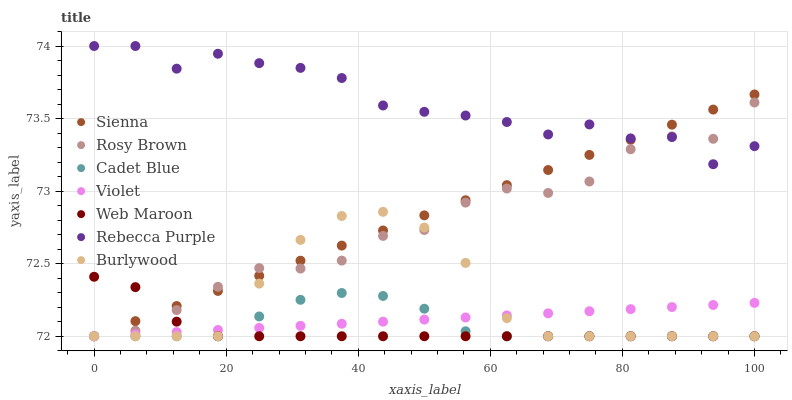
| xaxis_label | Sienna | Rosy Brown | Cadet Blue | Violet | Web Maroon | Rebecca Purple | Burlywood |
 | --- | --- | --- | --- | --- | --- | --- | --- |
 | 0 | 72 | 72 | 72 | 72 | 72.4 | 74 | 72 |
 | 6.25 | 72.1 | 72 | 72 | 72 | 72.3 | 74 | 72 |
 | 12.5 | 72.2 | 72.2 | 72 | 72 | 72.1 | 73.8 | 72 |
 | 18.8 | 72.3 | 72.3 | 72 | 72 | 72 | 73.9 | 72 |
 | 25 | 72.4 | 72.5 | 72.1 | 72.1 | 72 | 73.9 | 72.4 |
 | 31.2 | 72.5 | 72.5 | 72.3 | 72.1 | 72 | 73.8 | 72.7 |
 | 37.5 | 72.6 | 72.5 | 72.3 | 72.1 | 72 | 73.8 | 72.8 |
 | 43.8 | 72.7 | 72.7 | 72.3 | 72.1 | 72 | 73.6 | 72.9 |
 | 50 | 72.8 | 72.7 | 72.2 | 72.1 | 72 | 73.5 | 72.7 |
 | 56.2 | 72.9 | 72.9 | 72 | 72.1 | 72 | 73.5 | 72.5 |
 | 62.5 | 73 | 73 | 72 | 72.1 | 72 | 73.5 | 72.1 |
 | 68.8 | 73.1 | 73 | 72 | 72.2 | 72 | 73.4 | 72 |
 | 75 | 73.2 | 73.1 | 72 | 72.2 | 72 | 73.5 | 72 |
 | 81.2 | 73.4 | 73.3 | 72 | 72.2 | 72 | 73.4 | 72 |
 | 87.5 | 73.5 | 73.4 | 72 | 72.2 | 72 | 73.4 | 72 |
 | 93.8 | 73.6 | 73.4 | 72 | 72.2 | 72 | 73.2 | 72 |
 | 100 | 73.7 | 73.6 | 72 | 72.2 | 72 | 73.3 | 72 |